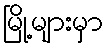
မြို့များမှာ